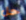
حل